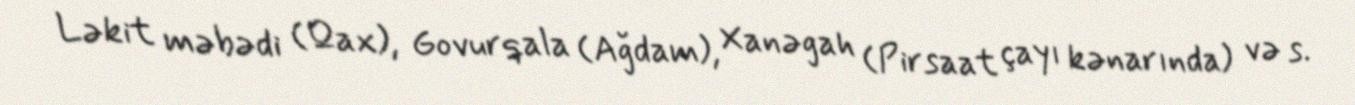
Ləkit məbədi (Qax), Govurqala (Ağdam), Xanəgah (Pirsaat çayı kənarında) və s.